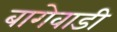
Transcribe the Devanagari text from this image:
बागेवाडी